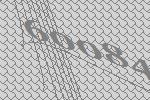
60084